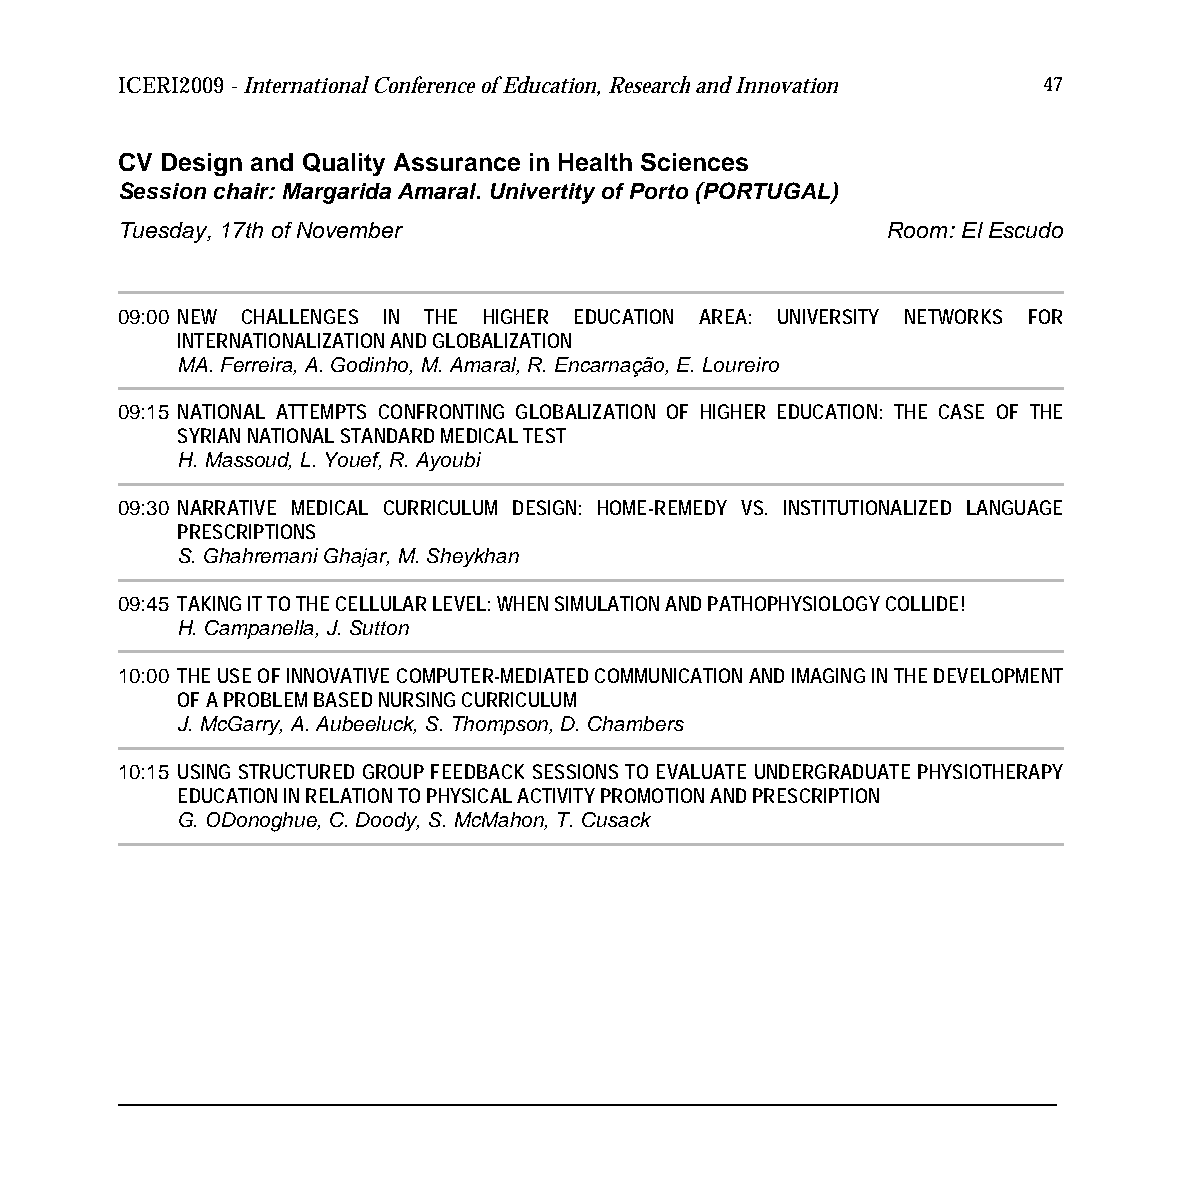
ICERI2009 - International Conference of Education, Research and Innovation 47
 CV Design and Quality Assurance in Health Sciences
 Session chair: Margarida Amaral. Univertity of Porto (PORTUGAL)
 Tuesday, 17th of November                          Room: El Escudo
 09:00 NEW CHALLENGES IN THE HIGHER EDUCATION AREA: UNIVERSITY NETWORKS FOR
 INTERNATIONALIZATION AND GLOBALIZATION
 MA. Ferreira, A. Godinho, M. Amaral, R. Encarnação, E. Loureiro
 09:15 NATIONAL ATTEMPTS CONFRONTING GLOBALIZATION OF HIGHER EDUCATION: THE CASE OF THE
 SYRIAN NATIONAL STANDARD MEDICAL TEST
 H. Massoud, L. Youef, R. Ayoubi
 09:30 NARRATIVE MEDICAL CURRICULUM DESIGN: HOME-REMEDY VS. INSTITUTIONALIZED LANGUAGE
 PRESCRIPTIONS
 S. Ghahremani Ghajar, M. Sheykhan
 09:45 TAKING IT TO THE CELLULAR LEVEL: WHEN SIMULATION AND PATHOPHYSIOLOGY COLLIDE!
 H. Campanella, J. Sutton
 10:00 THE USE OF INNOVATIVE COMPUTER-MEDIATED COMMUNICATION AND IMAGING IN THE DEVELOPMENT
 OF A PROBLEM BASED NURSING CURRICULUM
 J. McGarry, A. Aubeeluck, S. Thompson, D. Chambers
 10:15 USING STRUCTURED GROUP FEEDBACK SESSIONS TO EVALUATE UNDERGRADUATE PHYSIOTHERAPY
 EDUCATION IN RELATION TO PHYSICAL ACTIVITY PROMOTION AND PRESCRIPTION
 G. ODonoghue, C. Doody, S. McMahon, T. Cusack